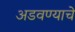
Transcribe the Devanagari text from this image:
अडवण्याचे